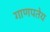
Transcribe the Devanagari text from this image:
गाणपतेय